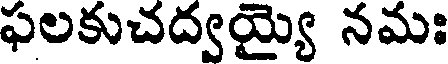
ఫలకుచద్వయ్యై నమః